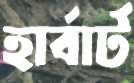
হার্বার্ট